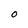
Character: O